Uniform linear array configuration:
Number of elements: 12
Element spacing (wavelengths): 1
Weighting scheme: blackman
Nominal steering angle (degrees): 45
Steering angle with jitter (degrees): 44.067
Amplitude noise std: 0.05
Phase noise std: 0.05

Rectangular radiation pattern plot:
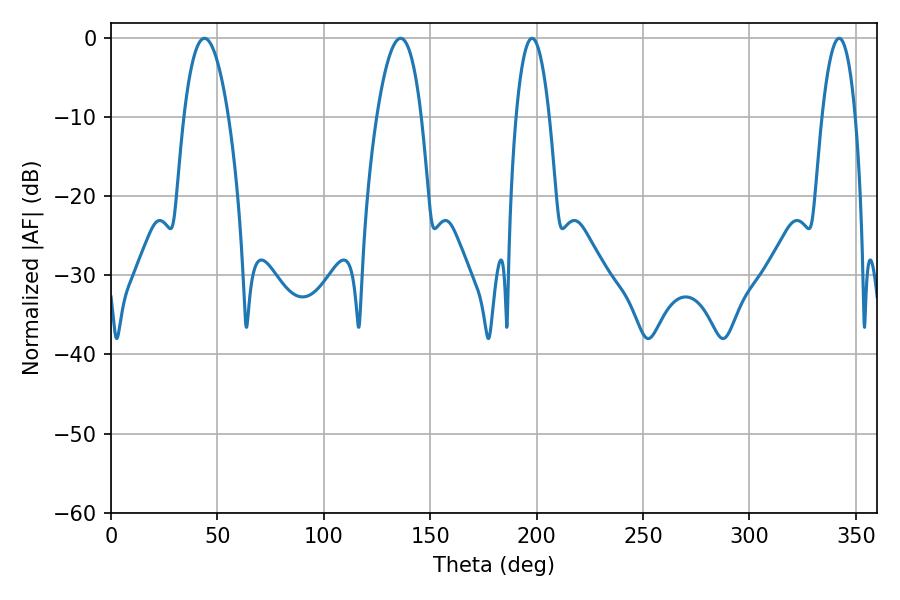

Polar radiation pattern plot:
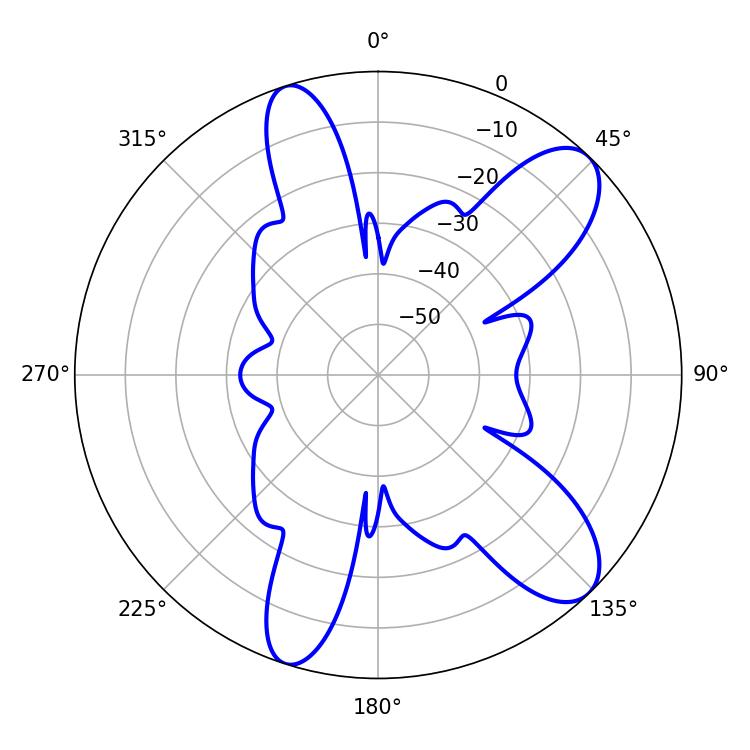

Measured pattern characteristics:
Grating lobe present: TRUE
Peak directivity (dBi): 9.991
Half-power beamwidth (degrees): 11.7
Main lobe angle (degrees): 43.92